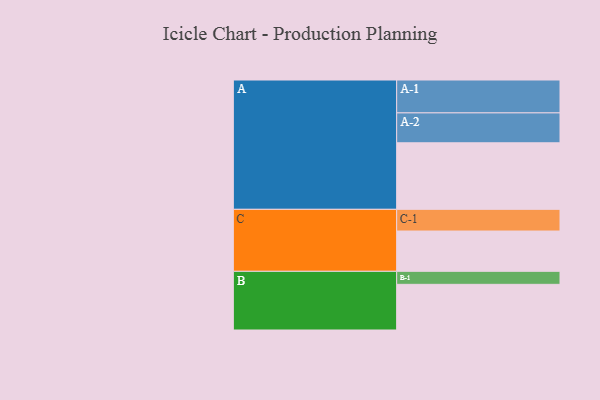
{"axis": {"x": "Segment", "y": "Value"}, "legend": ["", "A", "B", "C"], "data": [{"x": "A", "y": 583, "type": ""}, {"x": "B", "y": 400, "type": ""}, {"x": "C", "y": 353, "type": ""}, {"x": "A-1", "y": 288, "type": "A"}, {"x": "A-2", "y": 262, "type": "A"}, {"x": "B-1", "y": 114, "type": "B"}, {"x": "C-1", "y": 190, "type": "C"}]}